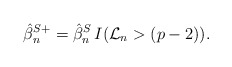
\begin{align*}\hat{\beta}_n^{S+} = \hat{\beta}_n^{S} \, I(\mathcal{L}_n > (p-2)).\end{align*}